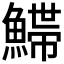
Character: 𩺌